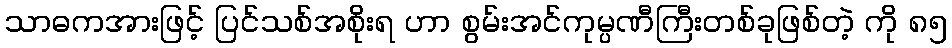
သာဓကအားဖြင့် ပြင်သစ်အစိုးရ ဟာ စွမ်းအင်ကုမ္ပဏီကြီးတစ်ခုဖြစ်တဲ့ ကို ၈၅